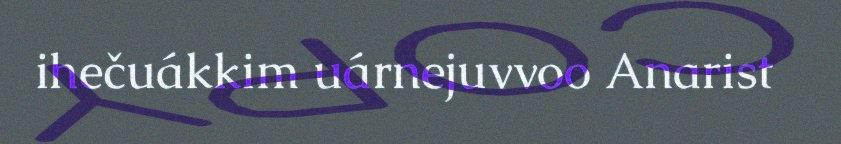
ihečuákkim uárnejuvvoo Anarist